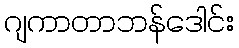
ဂျကာတာဘန်ဒေါင်း